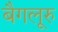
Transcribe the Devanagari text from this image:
बैगलूरु